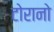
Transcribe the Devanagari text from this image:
टोरानो